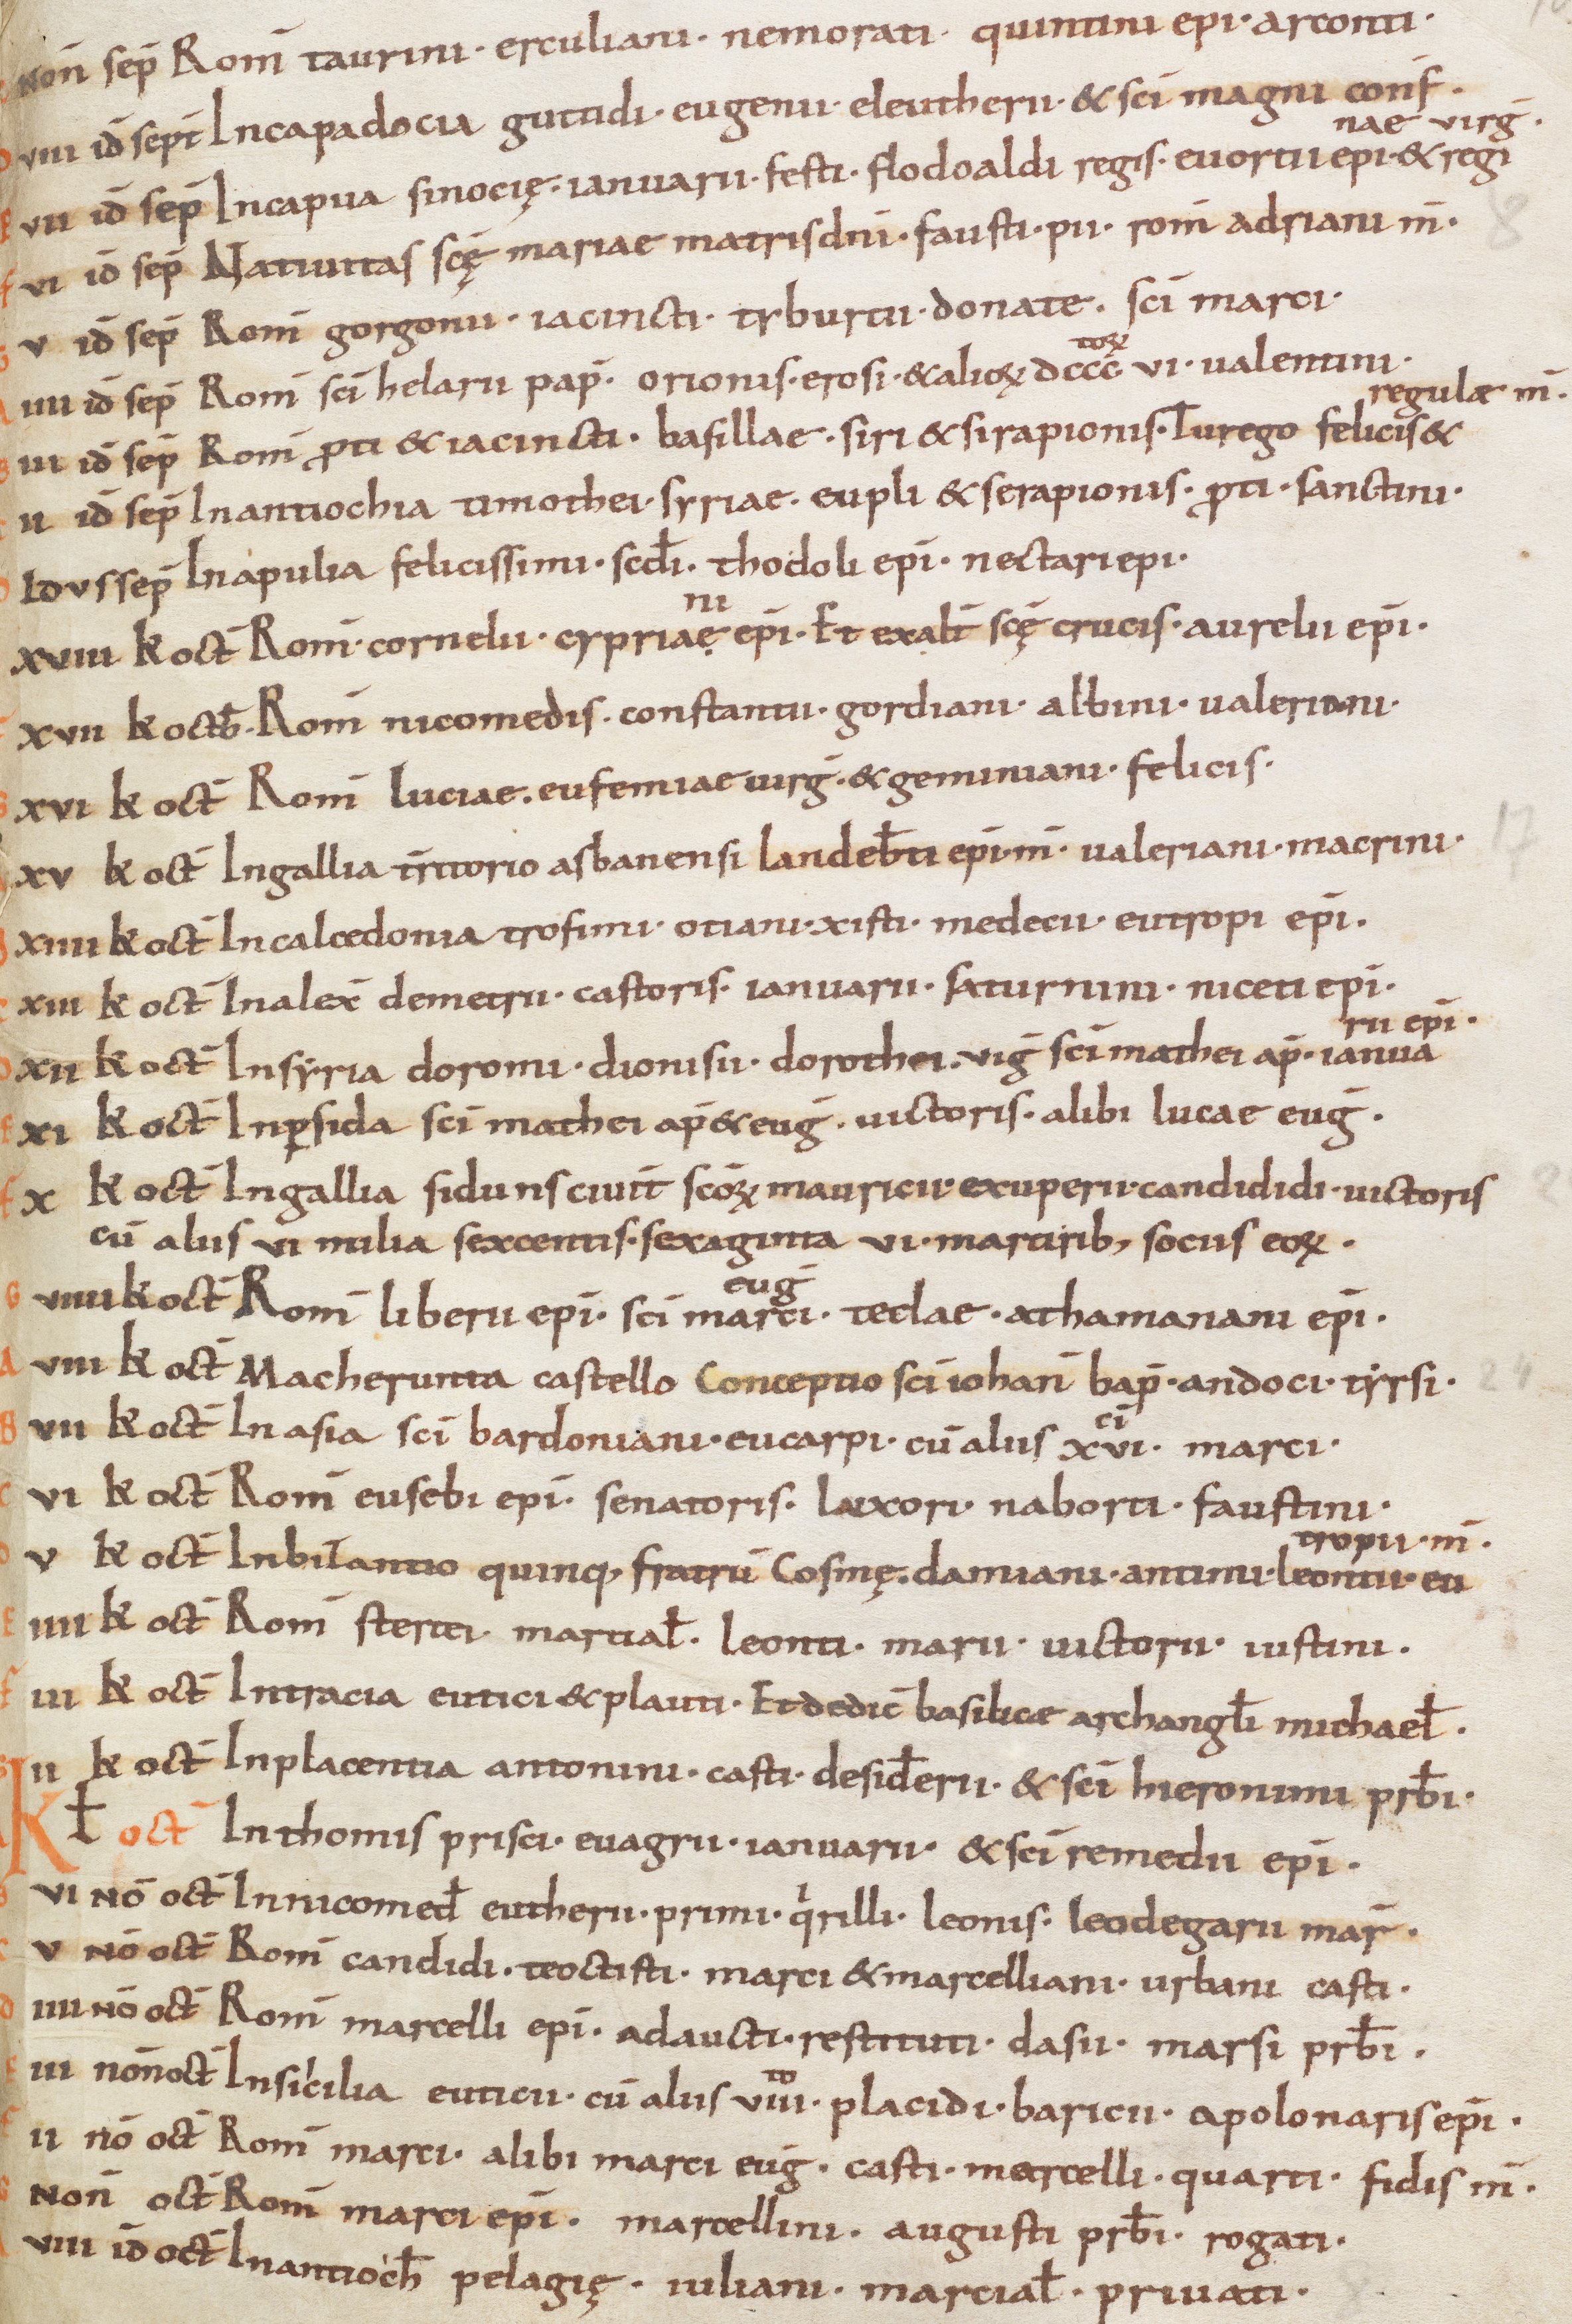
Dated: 800–849